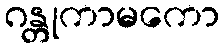
ဂန္တုကာမကော